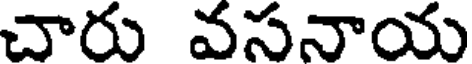
చారు వసనాయ